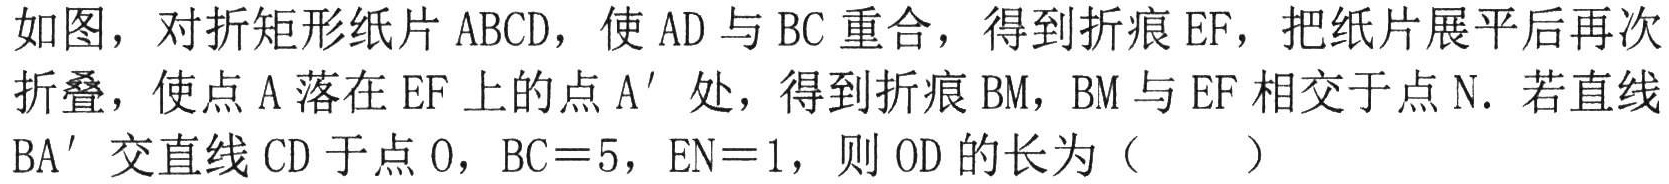
如图，对折矩形纸片 \(ABCD\)，使 \(AD\) 与 \(BC\) 重合，得到折痕 \(EF\)，把纸片展平后再次折叠，使点 \(A\) 落在 \(EF\) 上的点 \(A'\) 处，得到折痕 \(BM\)，\(BM\) 与 \(EF\) 相交于点 \(N\)。若直线 \(BA'\) 交直线 \(CD\) 于点 \(O\)，\(BC = 5\)，\(EN = 1\)，则 \(OD\) 的长为（  ）